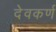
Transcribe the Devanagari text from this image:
देवकर्ण